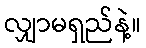
လျှာမရှည်နဲ့။